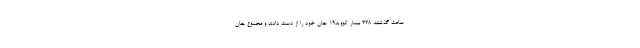
ساعت گذشته، ۳۲۸ بیمار کووید۱۹ جان خود را از دست دادند و مجموع جان